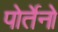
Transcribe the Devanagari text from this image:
पोर्तेनो